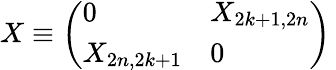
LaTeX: X\equiv\left(\begin{array}{ll}{{0}}&{{X_{2k+1,2n}}}\\ {{X_{2n,2k+1}}}&{{0}}\end{array}\right)\,